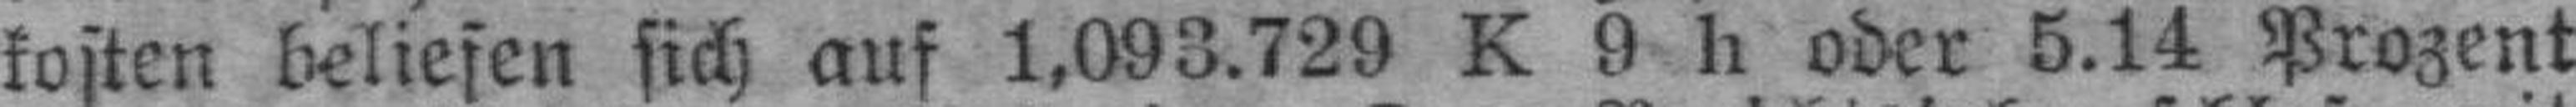
fosten beliefen sich auf 1,093.729 K 9 h oder 5.14 Prozent